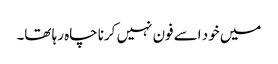
میں خود اسے فون نہیں کرنا چاہ رہا تھا۔